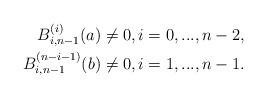
\begin{align*}B_{i,n-1}^{(i)}(a)\neq0, i=0,...,n-2,\\B_{i,n-1}^{(n-i-1)}(b)\neq0, i=1,...,n-1. \end{align*}